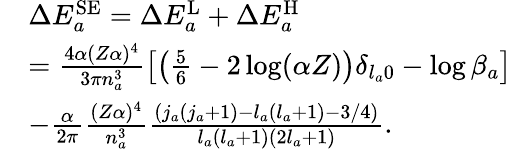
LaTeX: \begin{array}{rl}&{\Delta E_{a}^{\mathrm{SE}}=\Delta E_{a}^{\mathrm{L}}+\Delta E_{a}^{\mathrm{H}}}\\ &{=\frac{4\alpha(Z\alpha)^{4}}{3\pi n_{a}^{3}}\left[\left(\frac{5}{6}-2\log(\alpha Z)\right)\delta_{l_{a}0}-\log\beta_{a}\right]}\\ &{-\frac{\alpha}{2\pi}\frac{(Z\alpha)^{4}}{n_{a}^{3}}\frac{\left(j_{a}(j_{a}+1)-l_{a}(l_{a}+1)-3/4\right)}{l_{a}(l_{a}+1)(2l_{a}+1)}.}\end{array}